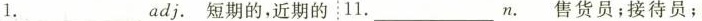
1.___________adj.短期的,近期的11.____________N.售货员;接待员;